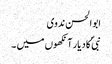
ابو الحسن ندوی
نبیؐ کا دیار آنکھوں میں ۔